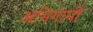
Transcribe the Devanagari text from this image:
अभिगामी